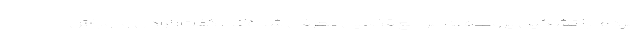
مردم با تشکیل پرونده به مراجع قضایی معرفی شده‌اند، گفت: اراذل و اوباش